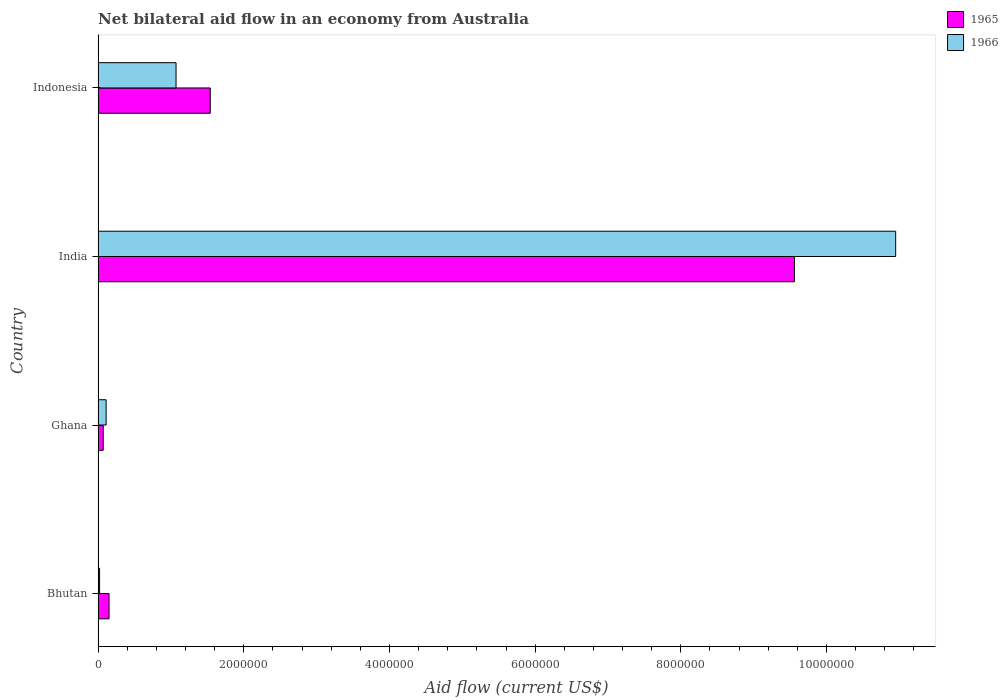
| Country | 1965 | 1966 |
 | --- | --- | --- |
 | Bhutan | 1.5e+05 | 2e+04 |
 | Ghana | 7e+04 | 1.1e+05 |
 | India | 9.56e+06 | 1.1e+07 |
 | Indonesia | 1.54e+06 | 1.07e+06 |